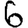
Digit: 6